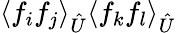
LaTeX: \langle{f_{i}}{f_{j}}\rangle_{\hat{U}}\langle{f_{k}}{f_{l}}\rangle_{\hat{U}}